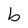
Character: b